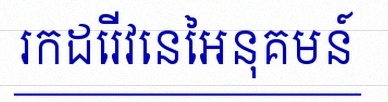
រកដេរីវេនៃអនុគមន៍